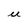
Character: U